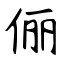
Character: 俪